Report on sanitation, dispensaries, and jails in Rajputana for 1918, and on vaccination for the year 1918-1919 - 1918-1919
Year: 1918
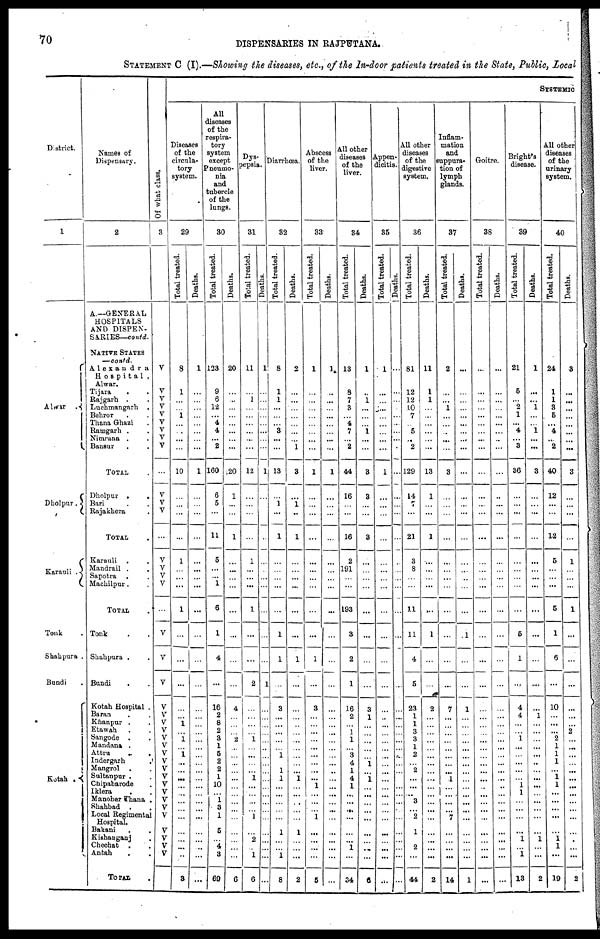
70
DISPENSARIES IN RAJPUTANA.
STATEMENT C (I).—Showing the diseases, etc., of the In-door patients treated in the State, Public, Local
District.
1
Alwar
.
Dholpur .
Karauli .
Tonk .
Shahpura .
Bundi .
Kotah
.
Names of
Dispensary.
2
A.—GENERAL
HOSPITALS
AND DISPEN-
SARIES—contd.
NATIVE STATES
—contd.
Alexandra
Hospital,
Alwar.
Tijara . .
Rajgarh . .
Luchmangarh .
Behror . .
Thana Ghazi .
Ramgarh . .
Nimrana . .
Bansur . .
TOTAL .
Dholpur
.
.
Bari . .
Rajakhera .
TOTAL .
Karauli . .
Mandrail . .
Sapotra . .
Machilpur . .
TOTAL .
Tonk . .
Shahpura . .
Bundi . .
Kotah Hospital .
Baran . .
Khanpur . .
Etawah . .
Sangode .
.
Mandana .
Attru
.
.
Indergarh .
Mangrol . .
Sultanpur . .
Chipabarode .
Iklera
. .
Manoher Thana .
Shahbad . .
Local Regimental
Hospital.
Bakani . .
Kishanganj .
Chechat . .
Antah . .
TOTAL .
Of what class.
3
V
V
V
V
V
V
V
V
V
...
V
V
V
...
V
V
V
V
...
V
V
V
V
V
V
V
V
V
V
V
V
V
V
V
V
V
V
V
V
V
V
SYSTEMIC
Diseases
of the
circula-
tory
system.
29
Total treated.
8
1
...
...
1
...
...
...
...
10
...
...
...
...
1
...
...
...
1
...
...
...
...
...
1
...
1
...
1
...
...
...
...
...
...
...
...
...
...
...
...
3
Deaths.
1
...
...
...
...
...
...
...
...
1
...
...
...
...
...
...
...
...
...
...
...
...
...
...
...
...
...
...
...
...
...
...
...
...
...
...
...
...
...
...
...
...
All
diseases
of the
respira-
tory
system
except
Pneumo-
nia
and
tubercle
of the
lungs.
30
Total treated.
123
9
6
12
...
4
4
... 2
160
6
5
...
11
5
...
...
1
6
1
4
...
16
2
8
2
3
1
5
2
2
1
10
...
1
3
1
5
...
4
3
69
Deaths.
20
...
...
...
...
...
...
...
...
20
1
...
...
1
...
...
...
...
...
...
...
...
4
...
...
...
2
...
...
...
...
...
...
...
...
...
...
...
...
...
...
6
Dys-
pepsia.
31
Total treated.
11
...
1
...
...
...
...
...
...
12
...
...
...
...
1
...
...
...
1
...
...
2
...
...
...
...
1
...
...
...
...
1
...
...
...
...
1
...
2
...
1
6
Deaths.
1
...
...
...
...
...
...
...
...
1
...
...
...
...
...
...
...
...
...
...
...
1
...
...
...
...
...
...
...
...
...
...
...
...
...
...
...
...
...
...
...
...
Diarrhœa.
32
Total treated.
8
1
1
...
...
...
3
...
...
13
...
1
...
1
...
...
...
...
...
1
1
...
3
...
...
...
...
...
1
...
1
1
...
...
...
...
...
1
...
...
1
8
Deaths.
2
...
...
...
...
...
...
... 1
3
...
1
...
1
...
...
...
...
...
...
1
...
...
...
...
...
...
...
...
...
...
1
...
...
...
...
...
1
...
...
...
2
Abscess
of the
liver.
33
Total treated.
1
...
...
...
...
...
...
...
...
1
...
...
...
...
...
...
...
...
...
...
1
...
3
...
...
...
...
...
...
...
...
...
1
...
...
...
1
...
...
...
...
5
Deaths.
1
...
...
...
...
...
...
...
...
1
...
...
...
...
...
...
...
...
...
...
...
...
...
...
...
...
...
...
...
...
...
...
...
...
...
...
...
...
...
...
...
...
All other
diseases
of the
liver.
34
Total treated.
13
8
7
3
...
4
7
... 2
44
16
...
...
16
2
191
...
...
193
3
2
1
16
2
...
1
1
...
3
4
1
4
1
...
...
...
...
...
...
1
...
34
Deaths.
1
...
1
...
...
...
1
...
...
3
3
...
...
3
...
...
...
...
...
...
...
...
3
1
...
...
...
...
...
1
...
1
...
...
...
...
...
...
...
...
...
6
Appen-
dicitis.
35
Total treated.
1
...
...
...
...
...
...
...
...
1
...
...
...
...
...
...
...
...
...
...
...
...
...
...
...
...
...
...
...
...
...
...
...
...
...
...
...
...
...
...
...
...
Deaths.
...
...
...
...
...
...
...
...
...
...
...
...
...
...
...
...
...
...
...
...
...
...
...
...
...
...
...
...
...
...
...
...
...
...
...
...
...
...
...
...
...
...
All other
diseases
of the
digestive
system.
36
Total treated.
81
12
12
10
7
...
5
... 2
129
14
7
...
21
3
8
...
...
11
11
4
5
23
1
1
3
3
1
2
...
2
...
...
...
3
...
2
1
...
2
...
44
Deaths.
11
1
1
...
...
...
...
...
...
13
1
...
...
1
...
...
...
...
...
1
...
...
2
...
...
...
...
...
...
...
...
...
...
...
...
...
...
...
...
...
...
2
Inflam-
mation
and
suppura-
tion of
lymph
glands.
37
Total treated.
2
...
...
1
...
...
...
...
...
3
...
...
...
...
...
...
...
...
...
...
...
...
7
...
...
...
...
...
...
...
...
1
...
...
...
...
7
...
...
...
...
14
Deaths.
...
...
...
...
...
...
...
...
...
...
...
...
...
...
...
...
...
...
...
1
...
...
1
...
...
...
...
...
...
...
...
...
...
... ...
...
...
...
...
...
...
1
Goitre.
38
Total treated.
...
...
...
...
...
...
...
...
...
...
...
...
...
...
...
...
...
...
...
...
...
...
...
...
...
...
...
...
...
...
...
...
...
...
...
...
...
...
...
...
...
...
Deaths.
...
...
...
...
...
...
...
...
...
...
...
...
...
...
...
...
...
...
...
...
...
...
...
...
...
...
...
...
...
...
...
...
...
...
...
...
...
...
...
...
...
...
Bright's
disease.
39
Total treated.
21
5
...
2
1
...
4
... 3
36
...
...
...
...
...
...
...
...
...
5
1
...
4
4
...
...
1
...
...
...
...
...
1 1
...
...
...
...
1
...
1
13
Deaths.
1
...
...
1
...
...
1
...
...
3
...
...
...
...
...
...
...
...
...
...
...
...
...
1
...
...
...
...
...
...
...
...
...
...
...
...
...
...
1
...
...
2
All other
diseases
of the
urinary
system.
40
Total treated.
24
1
1
3
5
...
4
... 2
40
12
...
...
12
5
...
...
...
5
1
6
...
10
...
...
...
2
1
1
1
...
1
1
...
...
...
...
...
1
1
...
19
Deaths.
3
...
...
...
...
...
...
...
...
3
...
...
...
...
1
...
...
...
1
...
...
...
...
...
...
2
...
...
...
...
...
...
...
...
...
...
...
...
...
...
...
2